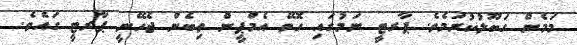
މަމެން ގަބޫލުކުރަމެވެ. ޕާރޓީ ނަމުގައި ހޮވޭ އެމްޕީން ތިބެން ޖެހޭނީ ޕާރޓީ ގައެވެ.